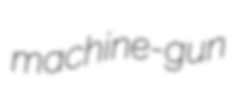
machine-gun